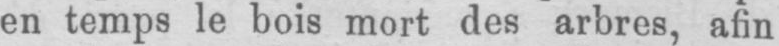
en temps le bois mort des arbres, afin